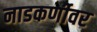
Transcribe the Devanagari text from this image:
नाडकर्णीवर